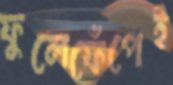
ফুলেফেঁপেই